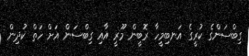
ގިބްސަންގެ ކުރީގެ އަނބިމީހާ ރޮބީން މޫރީ އާއި ގިބްސަން އަށް ހަތް ކުދިން